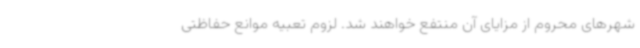
شهرهای محروم از مزایای آن منتفع خواهند شد. لزوم تعبیه موانع حفاظتی